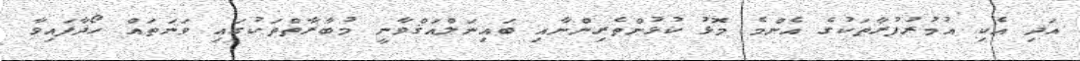
އަދި އެކި އުމުރުފުރާތަކުގެ އެންމެ މޮޅު ކުޅުންތެރިންނާއި ބައިނަލްއަޤްވާނީ މުބާރާތްތަކުގައި ވަނަތައް ހޯދާފައިވާ